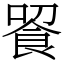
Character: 䬭